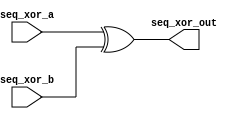
`timescale 1ns / 1ps
//////////////////////////////////////////////////////////////////////////////////
// Company: 
// Engineer: 
// 
// Design Name: 
// Module Name:    seq_xor 
// Project Name: 
// Target Devices: 
// Tool versions: 
// Description: 
//
// Dependencies: 
//
// Revision: 
// Revision 0.01 - File Created
// Additional Comments: 
//
//////////////////////////////////////////////////////////////////////////////////
module seq_xor(
    input [31:0] seq_xor_a,
	 input [31:0] seq_xor_b,
    output [31:0] seq_xor_out
    );

assign seq_xor_out[31:0] = seq_xor_a[31:0]^seq_xor_b[31:0];

endmodule